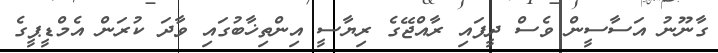
ގާނޫނު އަސާސީން ވެސް ދީފައި ރާއްޖޭގެ ރިޔާސީ އިންތިޚާބުގައި ވާދަ ކުރަން އެމްޑީޕީގެ